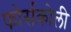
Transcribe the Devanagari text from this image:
फोर्सकोली